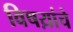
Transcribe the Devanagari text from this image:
विषय़ांचे